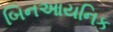
બિનઆયનિક